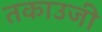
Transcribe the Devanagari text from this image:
तकाउजी